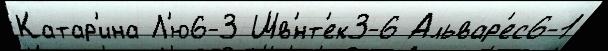
Катар'ина Л'ю6-3 Шв'́нт'ек3-6 Альвар'ес6-1